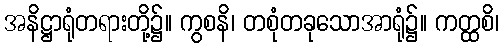
အနိဋ္ဌာရုံတရားတို့၌။ ကွစနိ၊ တစုံတခုသောအာရုံ၌။ ကတ္ထစိ၊